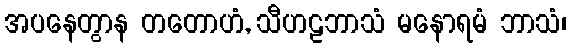
အပနေတွာန တတောဟံ, သီဟဠဘာသံ မနောရမံ ဘာသံ၊